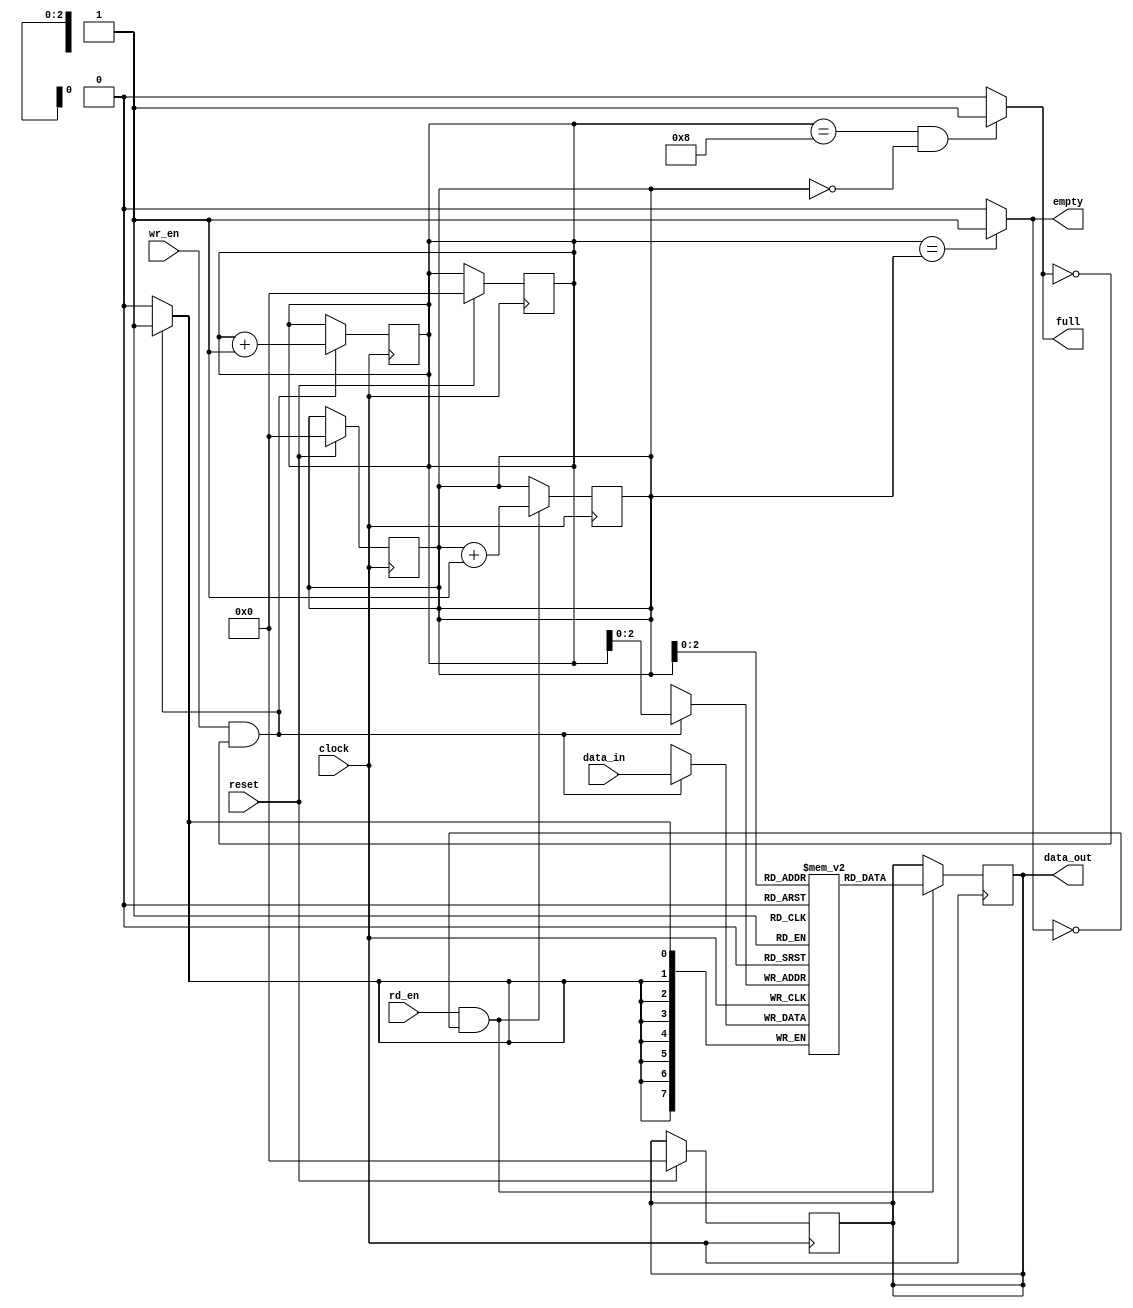
//////////////////////////////////////////////////// FIFO RTL ////////////////////////////////////////////
module fifo(clock,reset,wr_en,rd_en,data_in,full,empty,data_out);
   parameter WIDTH=8,DEPTH=8,ADDR=3;
   input clock,reset,wr_en,rd_en;
   input[WIDTH-1:0]data_in;
   output reg[WIDTH-1:0]data_out;
   output full,empty;

   reg[WIDTH-1:0]fifo[DEPTH-1:0];
   reg[DEPTH-1:0]rd_ptr,wr_ptr;

//RESET LOGIC  
always@(posedge clock)
   	begin
	   if(reset)
	  	begin
			data_out <= 8'b0;
	       		wr_ptr<=3'b0;
			rd_ptr<=3'b0;
                end
end
//WRITE LOGIC
always@(posedge clock)
	begin
		if(wr_en && !full)
                 	begin
                 		fifo[wr_ptr] <= data_in;
                   		wr_ptr <= wr_ptr+1'b1;
                	 end
end
//READ LOGIC
always@(posedge clock)
	begin
		if(rd_en && !empty)
                 	begin
                 		data_out <= fifo[rd_ptr];
                   		rd_ptr <= rd_ptr+1'b1;
                	 end
	end
  // assign full=((wr_ptr+1) == rd_ptr);
  // assign empty=(wr_ptr==rd_ptr); 
   assign full=((wr_ptr==8)&&(rd_ptr==0))?1'b1:1'b0;
   assign empty=(wr_ptr==rd_ptr)?1'b1:1'b0;
endmodule